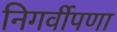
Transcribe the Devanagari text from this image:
निगर्वीपणा